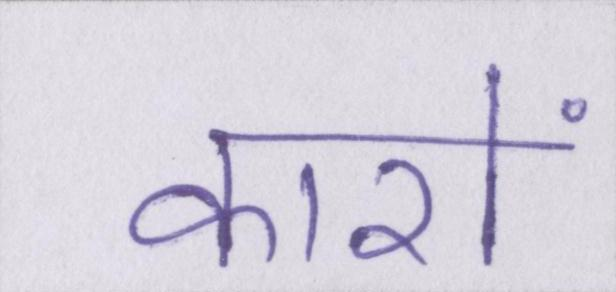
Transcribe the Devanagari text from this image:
कारों